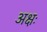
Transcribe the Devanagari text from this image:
अक्षः